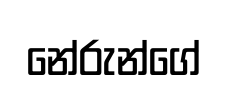
නේරුන්ගේ